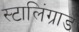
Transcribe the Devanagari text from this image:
स्टालिंग्राड